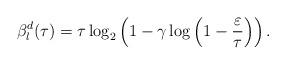
LaTeX: \begin{align*}{\beta}^{d}_l(\tau)=\tau\log_{2}\left( 1-\gamma\log\left( 1-\frac{\varepsilon}{\tau} \right) \right).\end{align*}